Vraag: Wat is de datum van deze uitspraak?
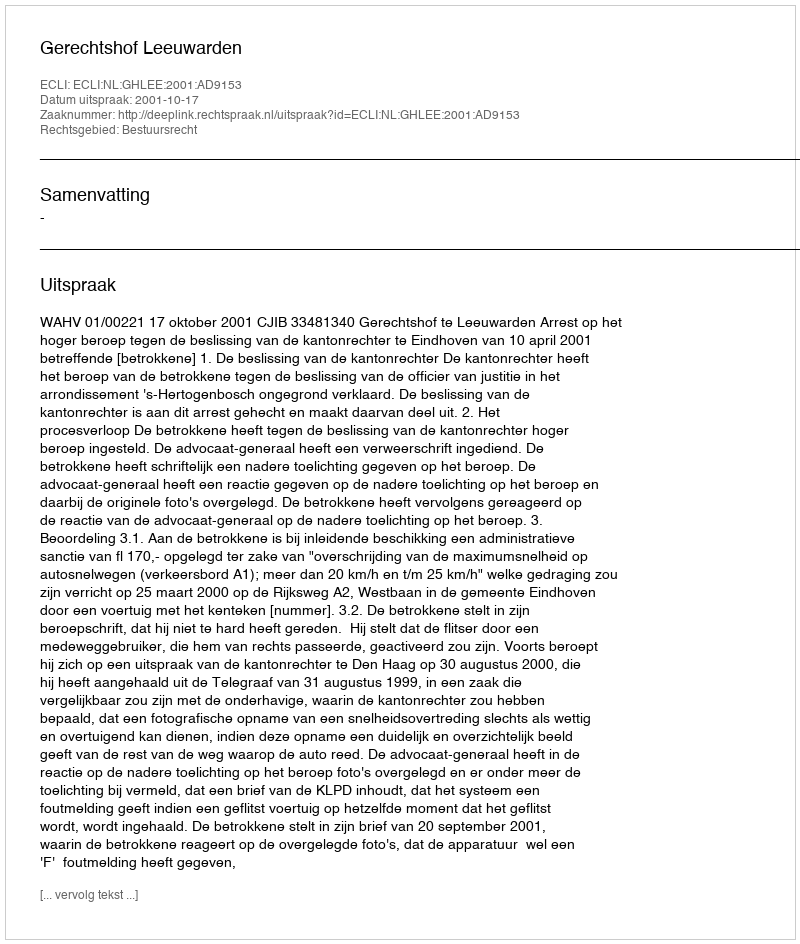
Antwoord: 2001-10-17